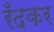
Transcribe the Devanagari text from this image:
रँदकर